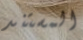
المستند